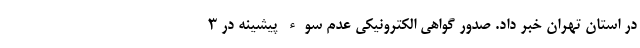
در استان تهران خبر داد. صدور گواهی الکترونیکی عدم سوء پیشینه در ۳